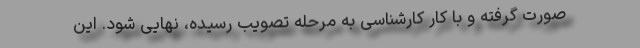
صورت گرفته و با کار کارشناسی به مرحله تصویب رسیده، نهایی شود. این